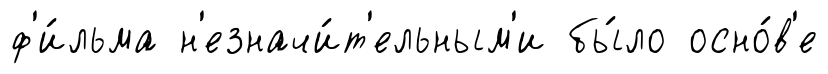
ф'и́льма н'езначи́т'ельным'и бы́ло осно́в'е